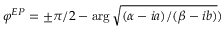
\varphi ^ { E P } = \pm \pi / 2 - \arg \sqrt { ( \alpha - i a ) / ( \beta - i b ) } )